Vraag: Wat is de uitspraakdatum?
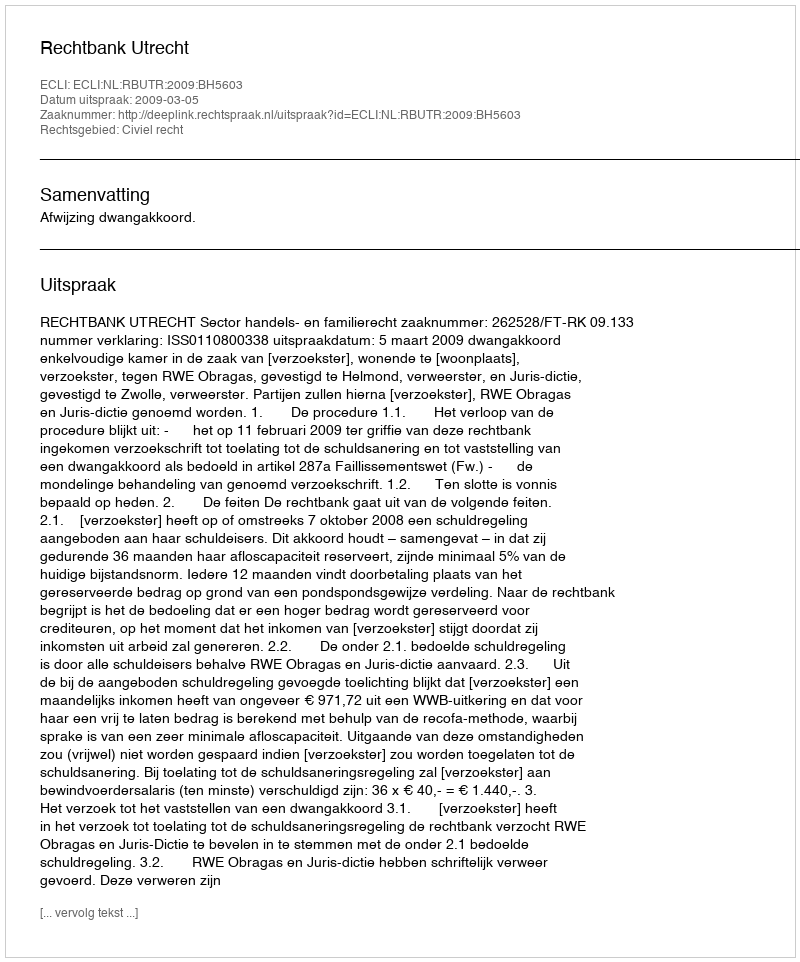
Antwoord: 2009-03-05